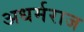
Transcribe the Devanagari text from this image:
अधर्मराज